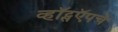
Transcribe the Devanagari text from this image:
व्हॉट्सऍपचे